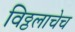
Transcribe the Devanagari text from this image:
विठ्ठलाचेच